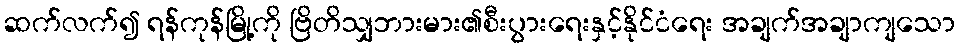
ဆက်လက်၍ ရန်ကုန်မြို့ကို ဗြိတိသျှဘားမား၏စီးပွားရေးနှင့်နိုင်ငံရေး အချက်အချာကျသော